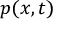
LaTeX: p ( { \boldsymbol { x } } , t )